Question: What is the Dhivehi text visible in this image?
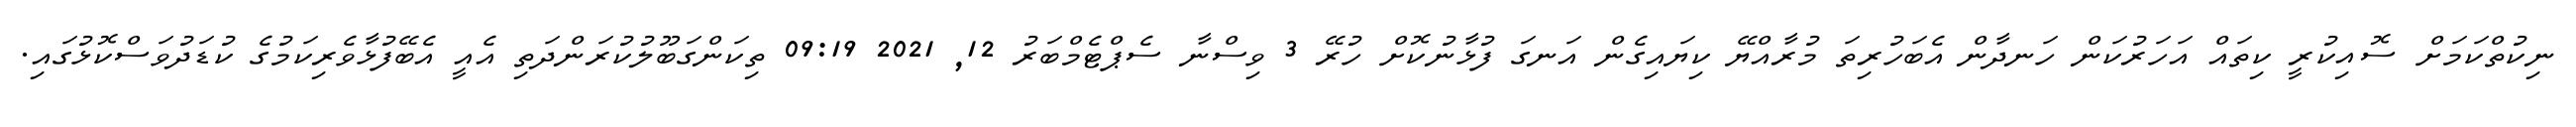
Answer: ނިކުތްކަމަށް ސޮއިކުރީ ކިތައް އަހަރުކަން ހަނދާން އެބަހުރިތަ މުރާއްޔޭ ކިޔައިގެން އަނގަ ފުޅާނުކޮށް ހުރޭ 3 ވިސްނާ ސެޕްޓެމްބަރު 12, 2021 09:19 ތިކަންގަބޫލުކުރަންދަތި އެއީ އެބޭފުޅާވެރިކަމުގެ ކުޑަދުވަސްކޮޅުގައި.